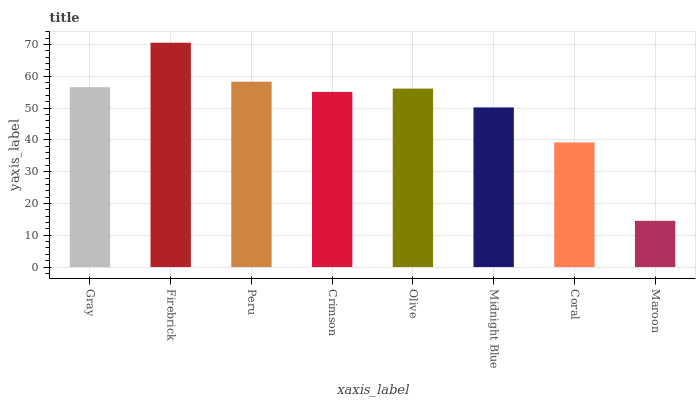
| xaxis_label | bars |
 | --- | --- |
 | Gray | 56.6 |
 | Firebrick | 70.5 |
 | Peru | 58.3 |
 | Crimson | 55.1 |
 | Olive | 56.1 |
 | Midnight Blue | 50.2 |
 | Coral | 39.2 |
 | Maroon | 14.5 |